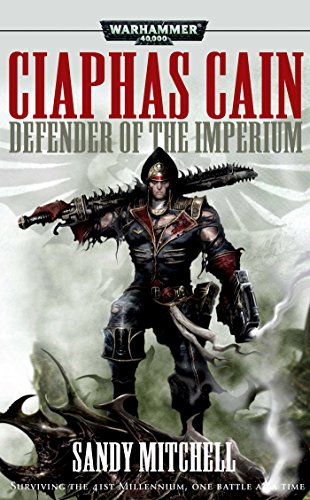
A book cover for Ciaphas Cain: Defender of the Imperium; Sandy Mitchell; Science Fiction & Fantasy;